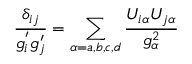
\frac { \delta _ { i j } } { g _ { i } ^ { ' } g _ { j } ^ { \prime } } = \sum _ { \alpha = a , b , c , d } \frac { U _ { i \alpha } U _ { j \alpha } } { g _ { \alpha } ^ { 2 } }